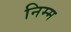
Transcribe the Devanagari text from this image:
निम्‍म